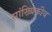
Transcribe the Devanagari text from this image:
सांख्‍यिकीय